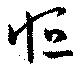
恒